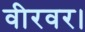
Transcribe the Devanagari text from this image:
वीरवर।